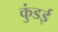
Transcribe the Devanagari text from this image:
कुंडई